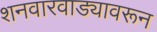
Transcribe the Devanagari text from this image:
शनवारवाड्यावरून